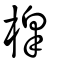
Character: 槹